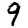
Digit: 9